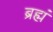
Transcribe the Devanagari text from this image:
ब्रह्मं